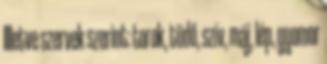
Illetve szervek szerint: torok, tüdő, szív, máj, lép, gyomor